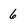
Character: 6